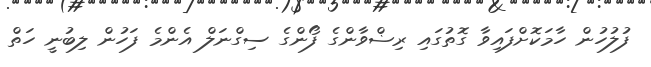
ފުލުހުން ހާމަކޮށްފައިވާ ގޮތުގައި ރިޟްވާންގެ ފޯންގެ ސިގްނަލް އެންމެ ފަހުން ލިބުނީ ހަތް